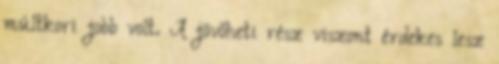
múltkori jobb volt. A jövőheti rész viszont érdekes lesz